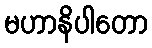
မဟာနိပါတော